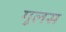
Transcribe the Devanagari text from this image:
गुलस